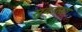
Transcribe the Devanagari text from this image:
सुवासरा